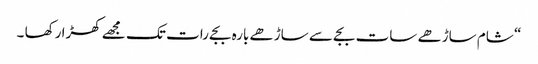
“ شام ساڑھے سات بجے سے ساڑھے بارہ بجے رات تک مجھے کھڑا رکھا ۔